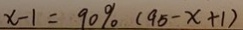
x - 1 = 9 0 \% ( 9 5 - x + 1 )